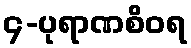
၄-ပုရာဏစိဝရ